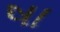
ષા